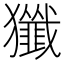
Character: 㺤